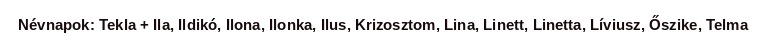
Névnapok: Tekla + Ila, Ildikó, Ilona, Ilonka, Ilus, Krizosztom, Lina, Linett, Linetta, Líviusz, Őszike, Telma